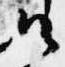
候